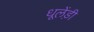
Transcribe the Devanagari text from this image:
धूलेंड़ी